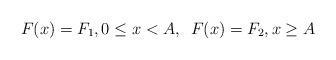
LaTeX: \begin{align*}F(x)=F_{1},0\leq x<A,\,\,\,F(x)=F_{2},x\geq A\end{align*}